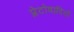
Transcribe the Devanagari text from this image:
प्लेटोवादियों